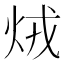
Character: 𤇽